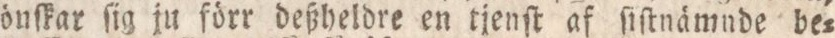
önſkar ſig ju förr deßheldre en tjenſt af ſiſtnämnde be=